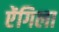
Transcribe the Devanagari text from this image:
ऐंगिला